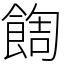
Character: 䭇